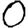
Digit: 0